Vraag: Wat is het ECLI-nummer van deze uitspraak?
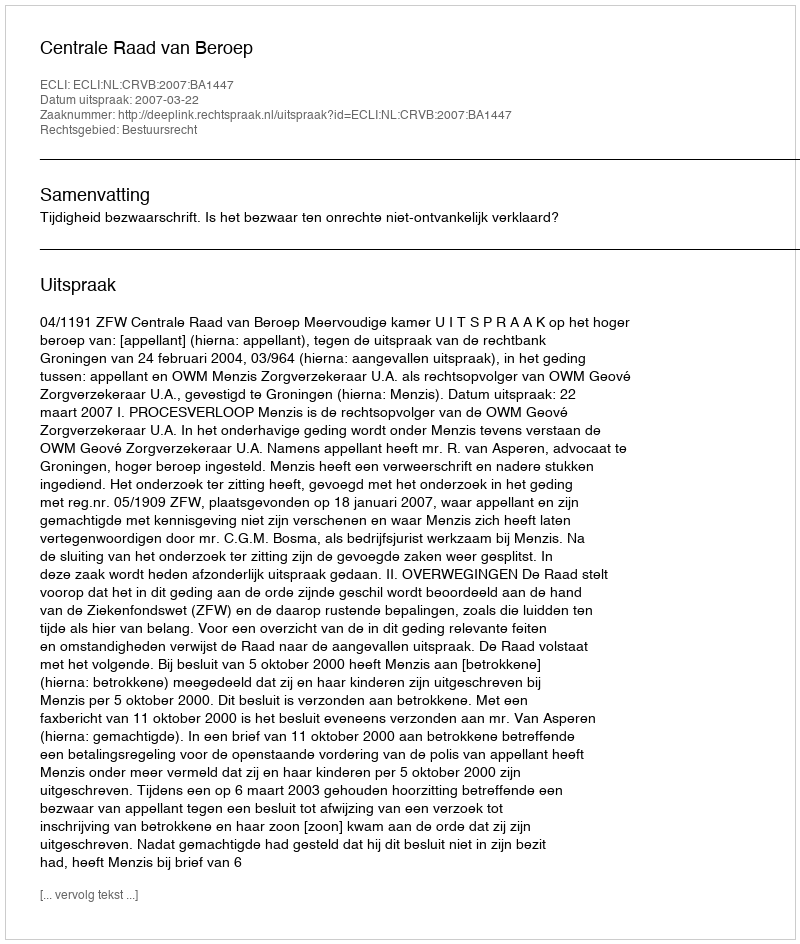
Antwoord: ECLI:NL:CRVB:2007:BA1447